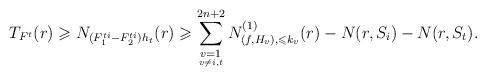
LaTeX: \begin{align*}T_{F^t}(r)&\geqslant N_{(F_1^{ti}-F_2^{ti})h_t}(r)\geqslant \sum_{\underset{v\ne i,t}{v=1}}^{2n+2}N^{(1)}_{(f,H_v),\leqslant k_v}(r)-N(r,S_i)-N(r,S_t).\end{align*}